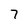
Character: 7